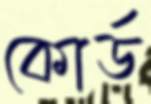
কোর্ড